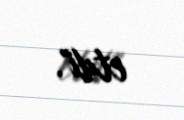
etdi".